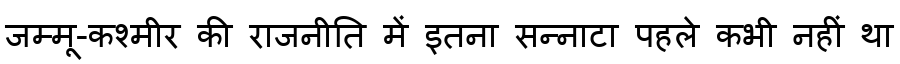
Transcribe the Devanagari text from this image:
जम्मू-कश्मीर की राजनीति में इतना सन्नाटा पहले कभी नहीं था